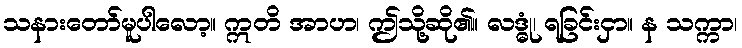
သနားတော်မူပါလော့။ ဣတိ အာဟ၊ ဤသို့ဆို၏။ လဒ္ဓုံ၊ ရခြင်းငှာ။ န သက္ကာ၊